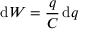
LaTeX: \mathrm { d } W = { \frac { q } { C } } \, \mathrm { d } q